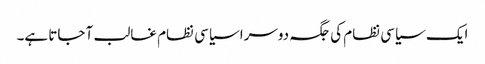
ایک سیاسی نظام کی جگہ دوسرا سیاسی نظام غالب آ جاتا ہے۔